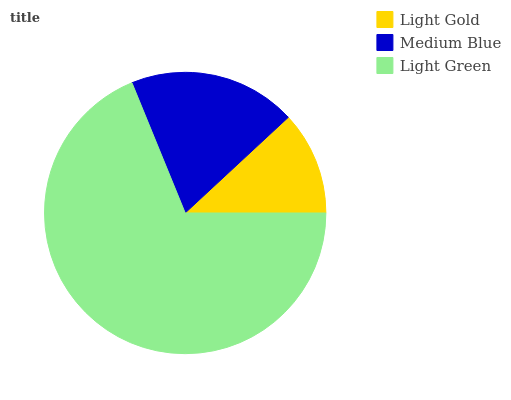
| Light Gold | Medium Blue | Light Green |
 | --- | --- | --- |
 | 11.9% | 19.3% | 68.8% |